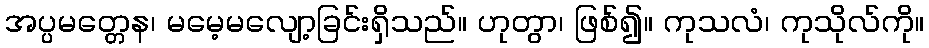
အပ္ပမတ္တေန၊ မမေ့မလျော့ခြင်းရှိသည်။ ဟုတွာ၊ ဖြစ်၍။ ကုသလံ၊ ကုသိုလ်ကို။